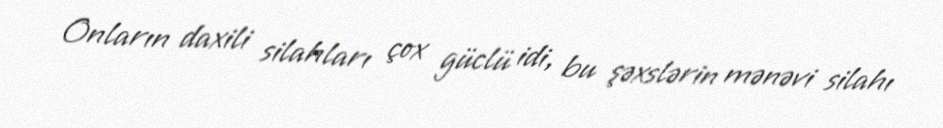
Onların daxili silahları çox güclü idi, bu şəxslərin mənəvi silahı